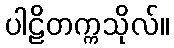
ပါဠိတက္ကသိုလ်။